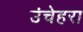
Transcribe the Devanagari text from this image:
उंचेहरा